Studies on the mouth parts a Comparative anatomy of the proboscis in the blood-sucking muscidae - Number 60
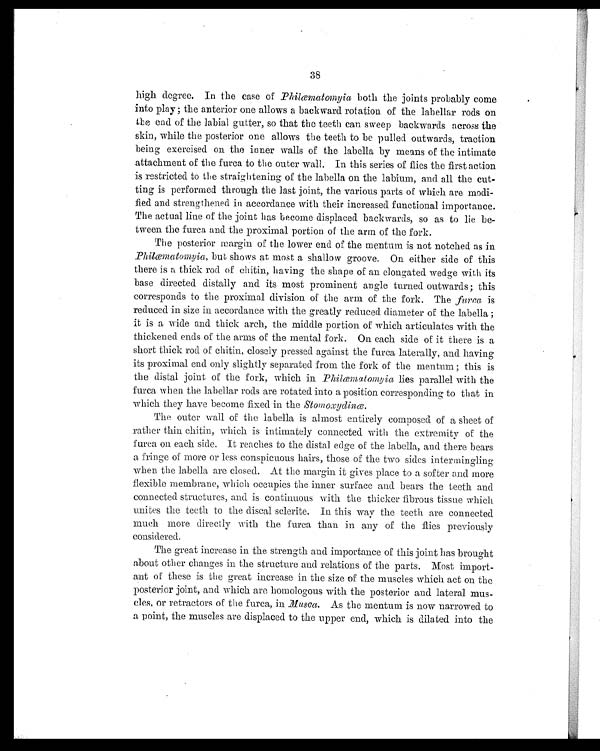
38
high degree. In the case of Philæmatomyia both the joints probably come
into play; the anterior one allows a backward rotation of the labellar rods on
the end of the labial gutter, so that the teeth can sweep backwards across the
skin, while the posterior one allows the teeth to be pulled outwards, traction
being exercised on the inner walls of the labella by means of the intimate
attachment of the furca to the outer wall. In this series of flies the first action
is restricted to the straightening of the labella on the labium, and all the cut-
ting is performed through the last joint, the various parts of which are modi-
fied and strengthened in accordance with their increased functional importance.
The actual line of the joint has become displaced backwards, so as to lie be-
t ween t he f ur ca, and t he pr oxi mal por t i on of t he ar m of t he f or k.
The posterior margin of the lower end of the mentum is not notched as in
Philæmatomyia, but shows at most a shallow groove. On either side of this
there is a thick rod of chitin, having the shape of an elongated wedge with its
base directed distally and its most prominent angle turned outwards; this
corresponds to the proximal division of the arm of the fork. The furca is
reduced in size in accordance with the greatly reduced diameter of the labella ;
it is a wide and thick arch, the middle portion of which articulates with the
thickened ends of the arms of the mental fork. On each side of it there is a
short thick rod of chitin, closely pressed against the furca laterally, and having
its proximal end only slightly separated from the fork of the mentum; this is
the distal joint of the fork, which in Philæmatomyia lies parallel with the
furca when the labellar rods are rotated into a position corresponding to that in
which they have become fixed in the Stomoxydinæ.
The outer wall of the labella is almost entirely composed of a sheet of
rather thin chitin, which is intimately connected with the extremity of the
furca on each side. It reaches to the distal edge of the labella, and there bears
a fringe or more or less conspicuous hairs, those of the two sides intermingling
when the labella are closed. At the margin it gives place to a softer and more
flexible membrane, which occupies the inner surface and bears the teeth and
connected structures, and is continuous with the thicker fibrous tissue which
unites the teeth to the discal sclerite. In this way the teeth are connected
much more directly with the furca than in any of the flies previously
considered.
The great increase in the strength and importance of this joint has brought
about other changes in the structure and relations of the parts. Most import-
ant of these is the great increase in the size of the muscles which act on the
posterior joint, and which are homologous with the posterior and lateral mus-
cles, or retractors of the furca, in Musca . As the mentum is now narrowed to
a point, the muscles are displaced to the upper end, which is dilated into the